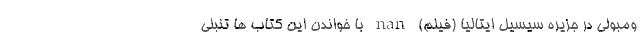
ومبولی در جزیره سیسیل ایتالیا (فیلم) nan با خواندن این کتاب ها تنبلی